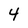
Character: 4